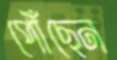
পৌঁছেন